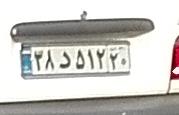
۳۸د۵۱۲۲۰